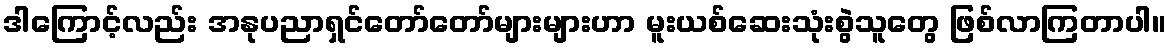
ဒါကြောင့်လည်း အနုပညာရှင်တော်တော်များများဟာ မူးယစ်ဆေးသုံးစွဲသူတွေ ဖြစ်လာကြတာပါ။